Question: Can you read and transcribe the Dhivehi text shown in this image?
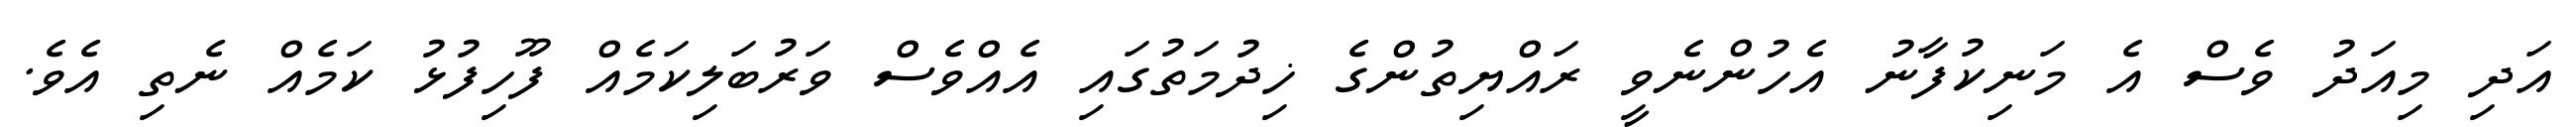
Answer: އަދި މިއަދު ވެސް އެ މަނިކުފާނު އެހުންނެވީ ރައްޔިތުންގެ ޚިދުމަތުގައި އެއްވެސް ވަރުބަލިކަމެއް ފޫހިފުޅު ކަމެއް ނެތި އެވެ.